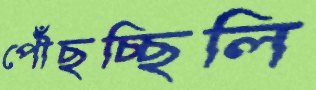
পৌঁছচ্ছিলি